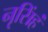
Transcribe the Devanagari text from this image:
नृसिंहं